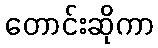
တောင်းဆိုကာ